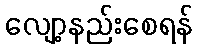
လျော့နည်းစေရန်